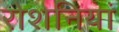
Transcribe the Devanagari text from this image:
रोशनियां